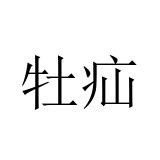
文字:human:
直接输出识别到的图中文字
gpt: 牡疝